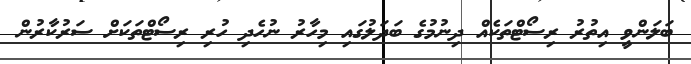
ބަލަންވީ އިތުރު ރިސޯޓްތަކެއް ދިނުމުގެ ބަދަލުގައި މިހާރު ނުހެދި ހުރި ރިސޯޓްތަކަށް ސަރުކާރުން